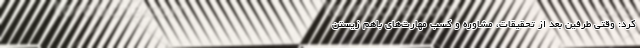
کرد: وقتی طرفین بعد از تحقیقات، مشاوره و کسب مهارت‌های باهم زیستن